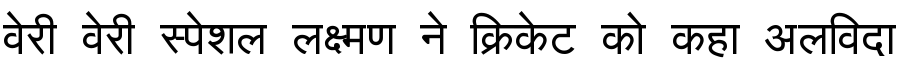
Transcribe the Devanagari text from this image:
वेरी वेरी स्पेशल लक्ष्मण ने क्रिकेट को कहा अलविदा